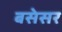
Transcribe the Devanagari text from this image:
बसेसर